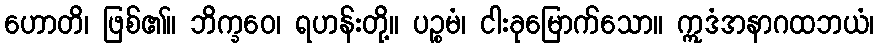
ဟောတိ၊ ဖြစ်၏။ ဘိက္ခဝေ၊ ရဟန်းတို့။ ပဉ္စမံ၊ ငါးခုမြောက်သော။ ဣဒံအနာဂထဘယံ၊